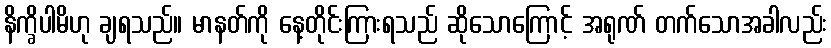
နိက္ခိပါမိဟု ချရသည်။ မာနတ်ကို နေ့တိုင်းကြားရသည် ဆိုသောကြောင့် အရုဏ် တက်သောအခါလည်း